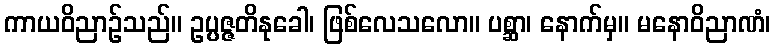
ကာယဝိညာဉ်သည်။ ဥပ္ပဇ္ဇတိနုခေါ၊ ဖြစ်လေသလော။ ပစ္ဆာ၊ နောက်မှ။ မနောဝိညာဏံ၊